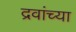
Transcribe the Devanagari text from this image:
द्रवांच्या